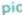
pic